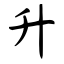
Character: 升